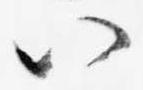
八